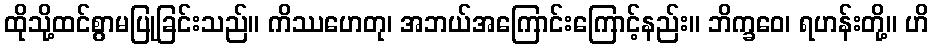
ထိုသို့ထင်စွာမပြုခြင်းသည်။ ကိဿဟေတု၊ အဘယ်အကြောင်းကြောင့်နည်း။ ဘိက္ခဝေ၊ ရဟန်းတို့။ ဟိ